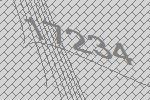
17234